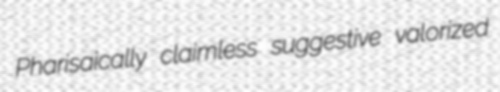
Pharisaically claimless suggestive valorized